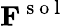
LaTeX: \mathbf{F}^{\mathrm{~s~o~l~}}